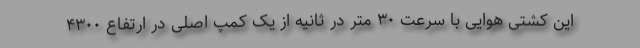
این کشتی هوایی با سرعت ۳۰ متر در ثانیه از یک کمپ اصلی در ارتفاع ۴۳۰۰